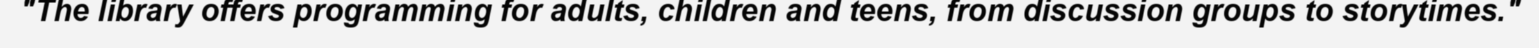
"The library offers programming for adults, children and teens, from discussion groups to storytimes."